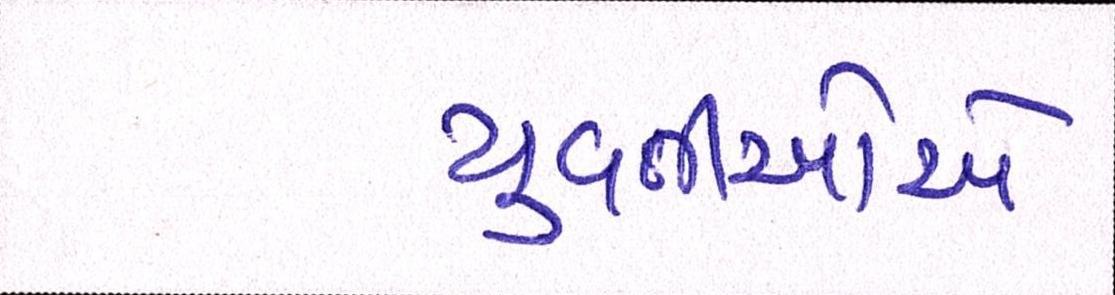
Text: યુવતીઓએ